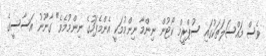
ވެސް މައްސަލަތަކުގައި ސުޕްރީމް ކޯޓުން ނިންމާ ނިންމުމަކީ އެންމެފަހުގެ ނިންމުމެވެ" ގާނޫނު އަސާސީގެ